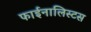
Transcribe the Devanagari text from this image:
फाईनालिस्टस